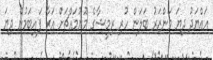
އައްޔަދު ދިޔަ މަންޒަރު ބަލަން ހުރި ރިމީޝާގެ މޫނުމައްޗަށް އަރާ ފައިބަމުން ދިޔަ